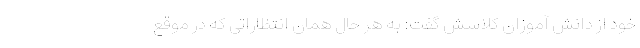
خود از دانش آموزان کلاسش گفت: به هر حال همان انتظاراتی که در موقع